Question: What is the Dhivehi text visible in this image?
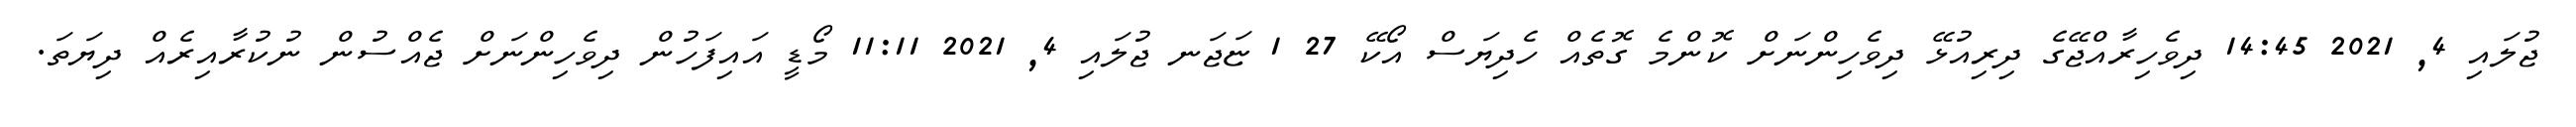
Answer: ޖުލައި 4, 2021 14:45 ދިވެހިރާއްޖޭގެ ދިރިއުޅޭ ދިވެހިންނަށް ކޮންމެ ގޮތެއް ހެދިޔަސް އޯކޭ 27 1 ޏަޖަނ ޖުލައި 4, 2021 11:11 މޯޑީ އައިފަހުން ދިވެހިންނަށް ޖެއްސުން ނުކުރާއިރެއް ދިޔަތަ.